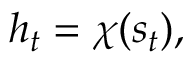
h _ { t } = \chi ( s _ { t } ) ,